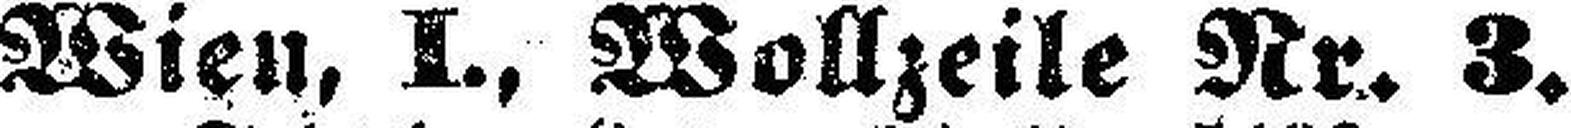
Wien, I., Wollzeile Nr. 3.